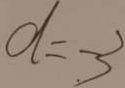
d = - . 3